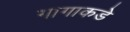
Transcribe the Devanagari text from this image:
गागाकडे